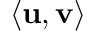
\langle \mathbf { u } , \mathbf { v } \rangle